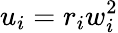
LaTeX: u_{i}=r_{i}w_{i}^{2}